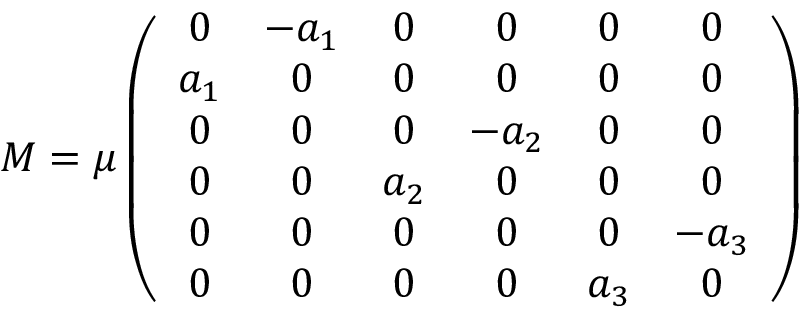
M = \mu \left( \begin{array} { c c c c c c } { { 0 } } & { { - a _ { 1 } } } & { { 0 } } & { { 0 } } & { { 0 } } & { { 0 } } \\ { { a _ { 1 } } } & { { 0 } } & { { 0 } } & { { 0 } } & { { 0 } } & { { 0 } } \\ { { 0 } } & { { 0 } } & { { 0 } } & { { - a _ { 2 } } } & { { 0 } } & { { 0 } } \\ { { 0 } } & { { 0 } } & { { a _ { 2 } } } & { { 0 } } & { { 0 } } & { { 0 } } \\ { { 0 } } & { { 0 } } & { { 0 } } & { { 0 } } & { { 0 } } & { { - a _ { 3 } } } \\ { { 0 } } & { { 0 } } & { { 0 } } & { { 0 } } & { { a _ { 3 } } } & { { 0 } } \end{array} \right)